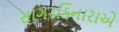
સાગરકિનારાએ